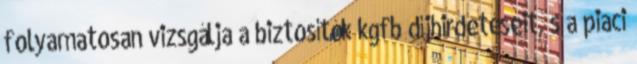
folyamatosan vizsgálja a biztosítók kgfb díjhirdetéseit, s a piaci